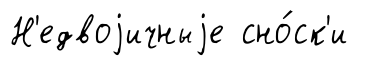
Н'едвоjичныjе сно́ск'и